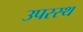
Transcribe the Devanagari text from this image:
उपरस्थ